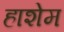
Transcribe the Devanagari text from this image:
हाशेम